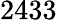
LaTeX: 2433